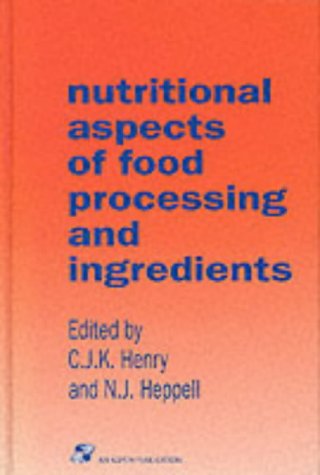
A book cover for Nutritional Aspects of Food Processing and Ingredients (Chapman & Hall Food Science Book); C. J. K. Henry; Health, Fitness & Dieting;